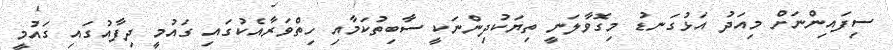
ސިފައިންނަށް މިއަދު އަޅުގަނޑު މިގޮވާލަނީ ތިޔަކުދިންނަކީ ސާބިތުކަމާއި ހިތްވަރާއެކުގައި ގައުމީ ދިފާއުގައި ގައުމީ